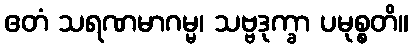
ဧတံ သရဏမာဂမ္မ၊ သဗ္ဗဒုက္ခာ ပမုစ္စတိ။